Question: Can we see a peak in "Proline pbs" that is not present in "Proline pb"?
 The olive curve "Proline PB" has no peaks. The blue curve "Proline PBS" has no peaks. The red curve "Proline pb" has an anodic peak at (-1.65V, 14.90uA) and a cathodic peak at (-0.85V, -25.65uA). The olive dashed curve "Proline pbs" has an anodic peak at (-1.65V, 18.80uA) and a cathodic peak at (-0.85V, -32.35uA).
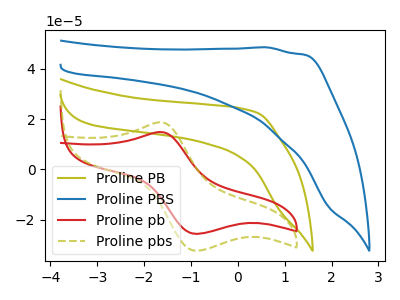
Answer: <think>All the peaks in "Proline pbs" have a peak in "Proline pb" at the same potential. Every peak in "Proline pbs" is higher than every peak in "Proline pb".
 </think>
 <answer>No, "Proline pbs" and "Proline pb" don't appear to be significantly different in shape</answer>
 <eval>no_change</eval>